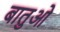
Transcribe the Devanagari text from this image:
बातुओ